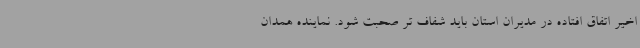
اخیر اتفاق افتاده در مدیران استان باید شفاف تر صحبت شود. نماینده همدان